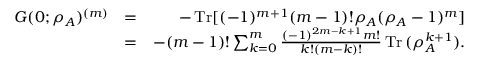
\begin{array} { r l r } { G ( 0 ; \rho _ { A } ) ^ { ( m ) } } & { = } & { - \operatorname { T r } [ ( - 1 ) ^ { m + 1 } ( m - 1 ) ! \rho _ { A } ( \rho _ { A } - 1 ) ^ { m } ] } \\ & { = } & { - ( m - 1 ) ! \sum _ { k = 0 } ^ { m } \frac { ( - 1 ) ^ { 2 m - k + 1 } m ! } { k ! ( m - k ) ! } \operatorname { T r } { ( \rho _ { A } ^ { k + 1 } ) } . } \end{array}